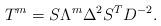
LaTeX: \begin{align*}T^{m}=S\Lambda ^{m}\Delta ^{2}S^{T}D^{-2}.\end{align*}